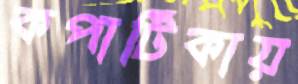
কপাটিকায়